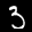
Label: 3